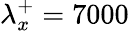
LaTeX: \lambda_{x}^{+}=7000